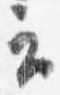
云